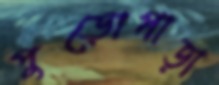
পুড়োপাড়া